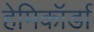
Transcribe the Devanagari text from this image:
हेमिकॉर्डा